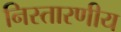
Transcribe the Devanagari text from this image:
निस्तारणीय